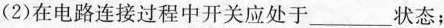
(2)在电路连接过程中开关应处于___状态；